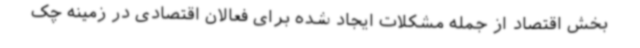
بخش اقتصاد از جمله مشکلات ایجاد شده برای فعالان اقتصادی در زمینه چک